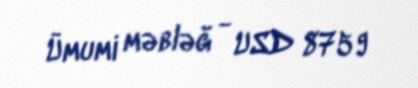
Ümumi məbləğ - USD 8759